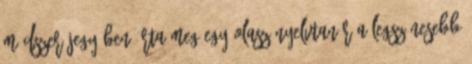
módszer jegyében írta meg egy olasz nyelvtanár a legszínesebb